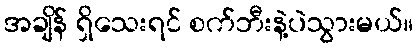
အချိန် ရှိသေးရင် စက်ဘီးနဲ့ပဲသွားမယ်။